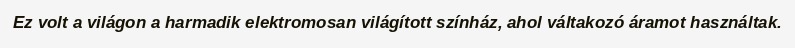
Ez volt a világon a harmadik elektromosan világított színház, ahol váltakozó áramot használtak.